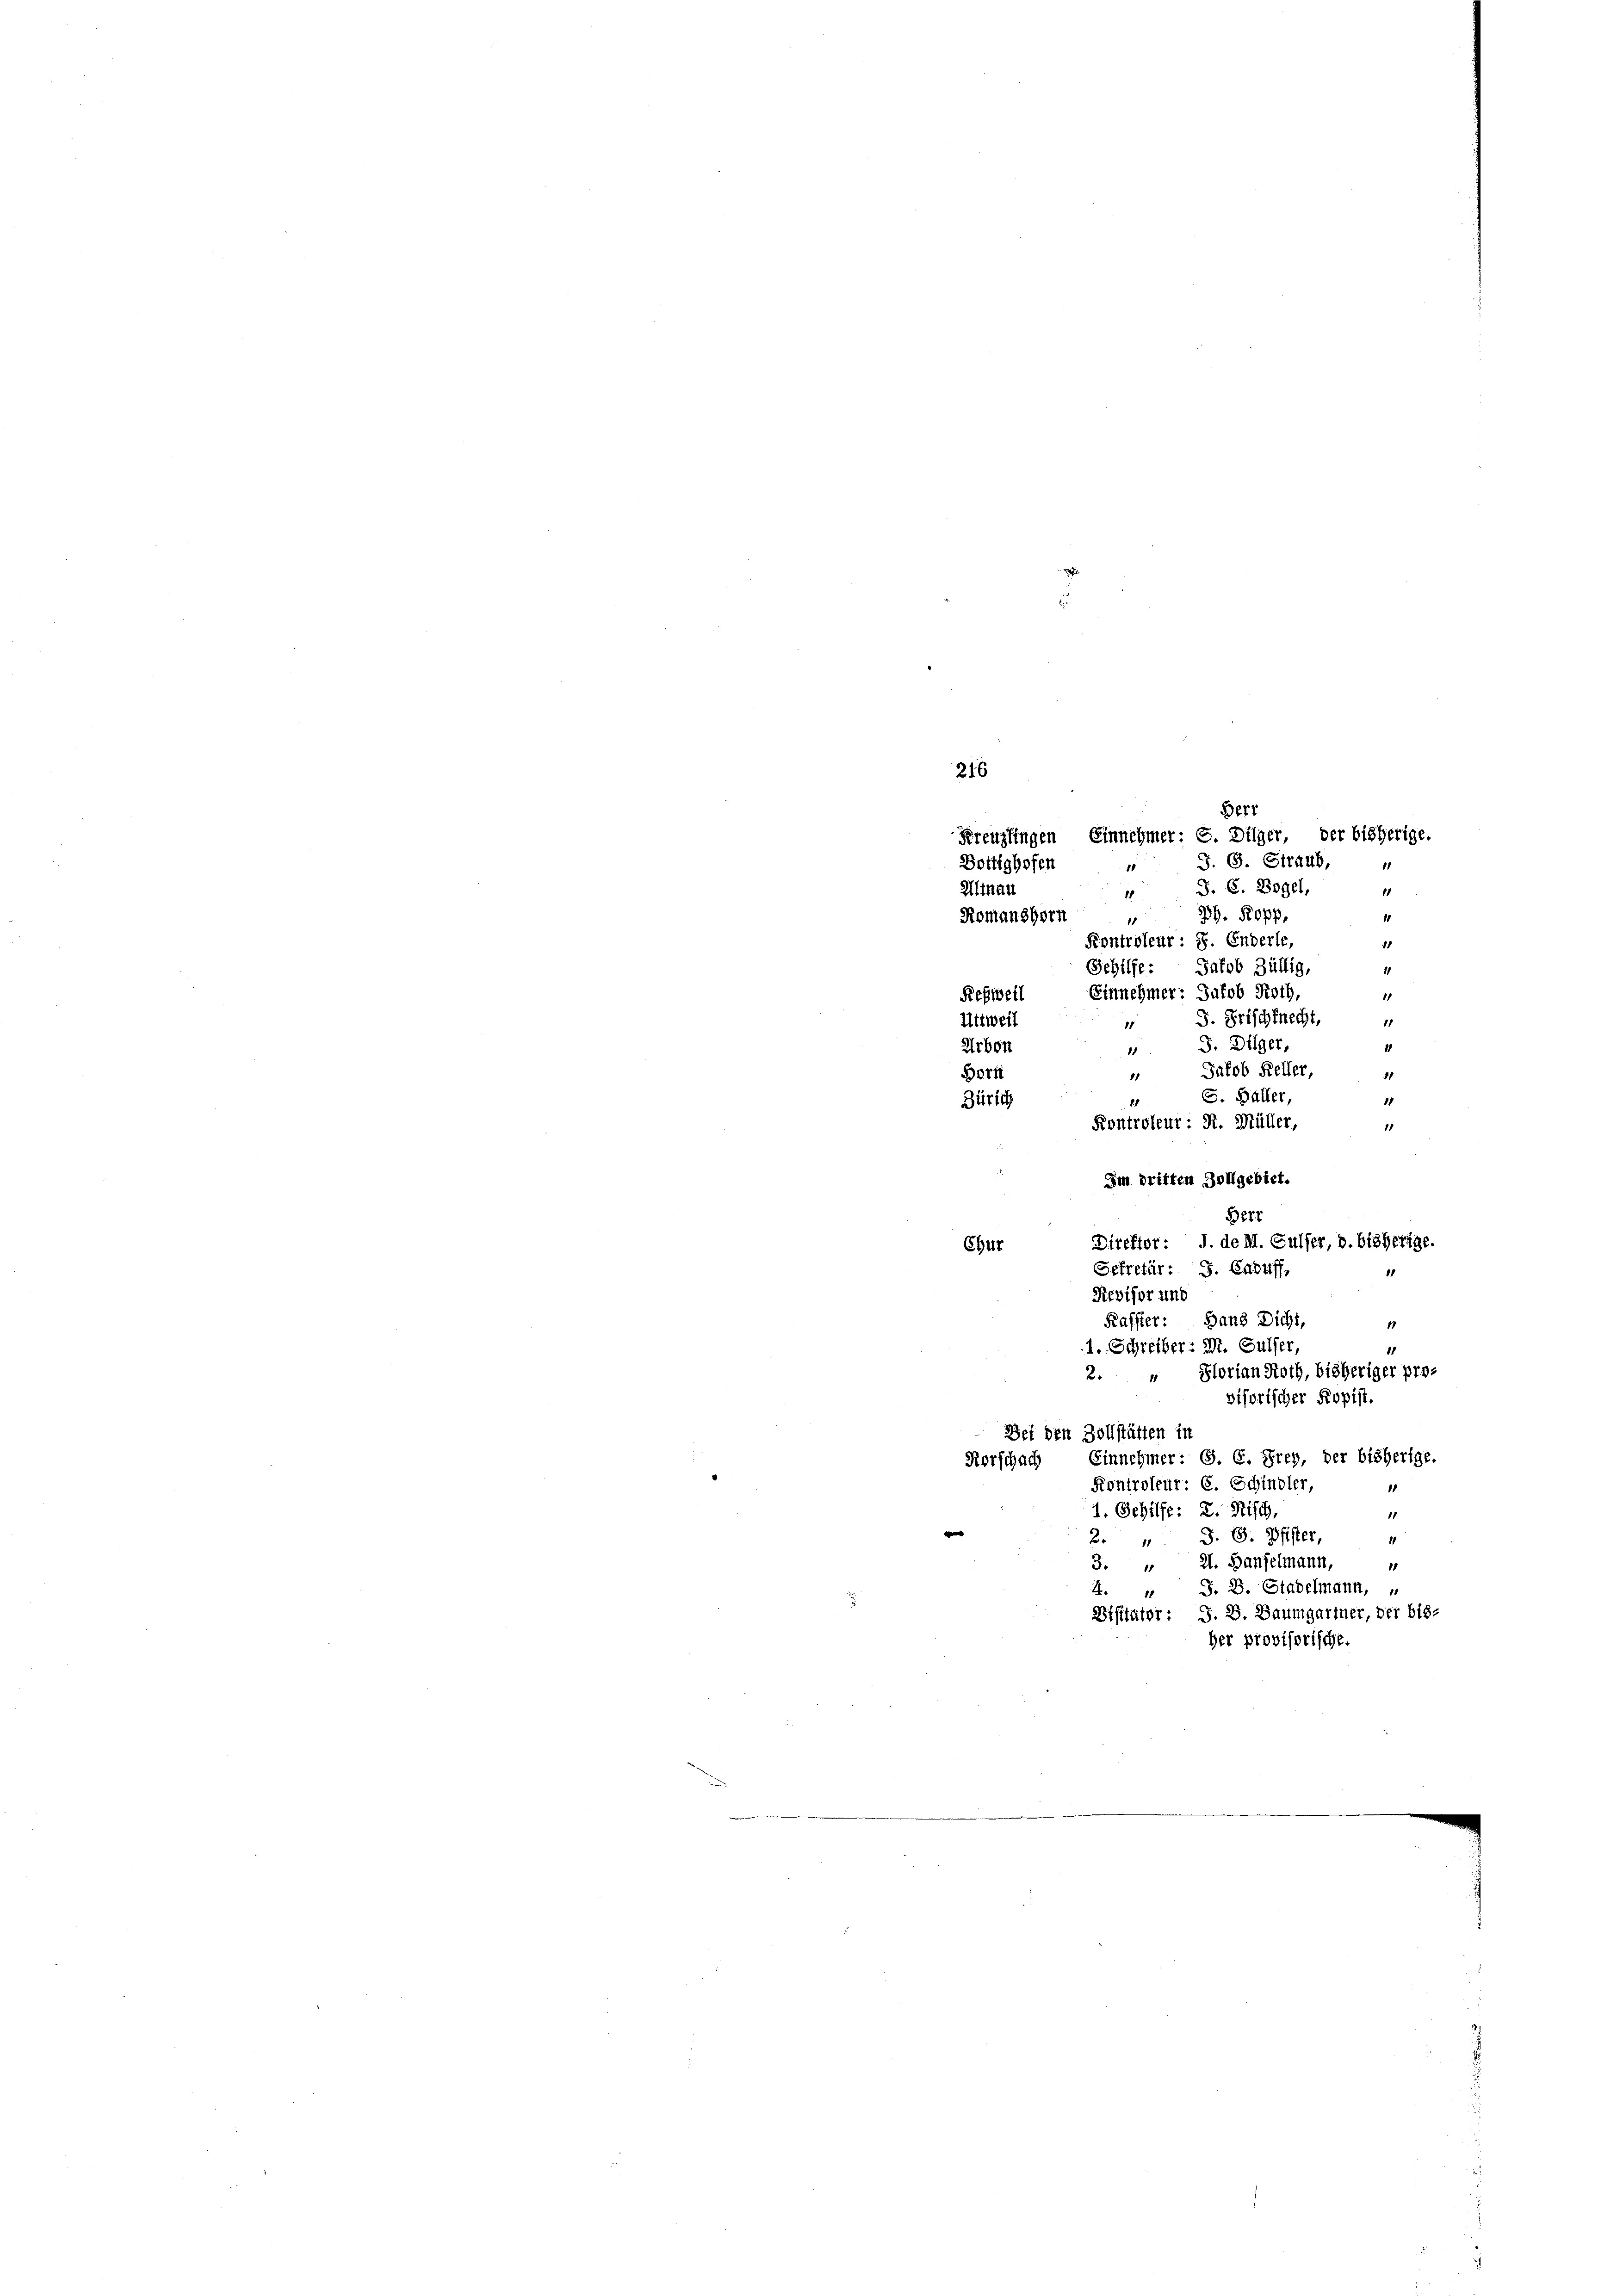
.
Berr
Kreuzlingen Einnehmer: C. Dilger, der bisherige.
J. G. Straub,
Bottighofen
J. C. Bogel,
Altnau
g
11
3. Kopp,
Romanshorn
10
11
Kontroleur: 8. Enderle,
8
Gehilfe: Jakob Züllig,
11
Rehweil Einnehmer: Jakob Roth,
11
Attweil
J. Frischknecht
11
8
2
G. Dilger,
Arbon
15
Jakob Keller,
Bort
11
11
S. Baller,
11
Zürich
Kontroleur: St. Müller,
1
Im dritten Zollgebiet.
581
Direktor: J. de M. Gulfer, b. bisherige.
Chur
Gefretär: S. Caduff,
Revisor und
Kassier: Hans Dicht,
17
1. Schreiber: M. Gulfer,
2. " Florian Noth, bisheriger pro-
visorischer Kopist.
Bei den Zollstätten in
Horschach Einnehmer: S. C. Frey, der bisherige.
Kontroleur: C. Schindler,
1
1. Gehilfe: 2. Misch,
11
w
B. J. G. Pfister
1
3. “ 2. Hanselmann, "
J. B. Stadelmann,
4.
11
Disitator : S. 8. Baumgartner, der bis-
Her provisorische.

216